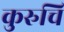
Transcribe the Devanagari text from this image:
कुरुचि